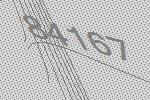
84167